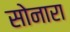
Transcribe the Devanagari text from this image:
सोनारा